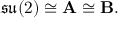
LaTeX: { \mathfrak { s u } } ( 2 ) \cong \mathbf { A } \cong \mathbf { B } .